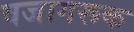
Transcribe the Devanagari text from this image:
वजागरूक